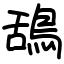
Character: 鴰